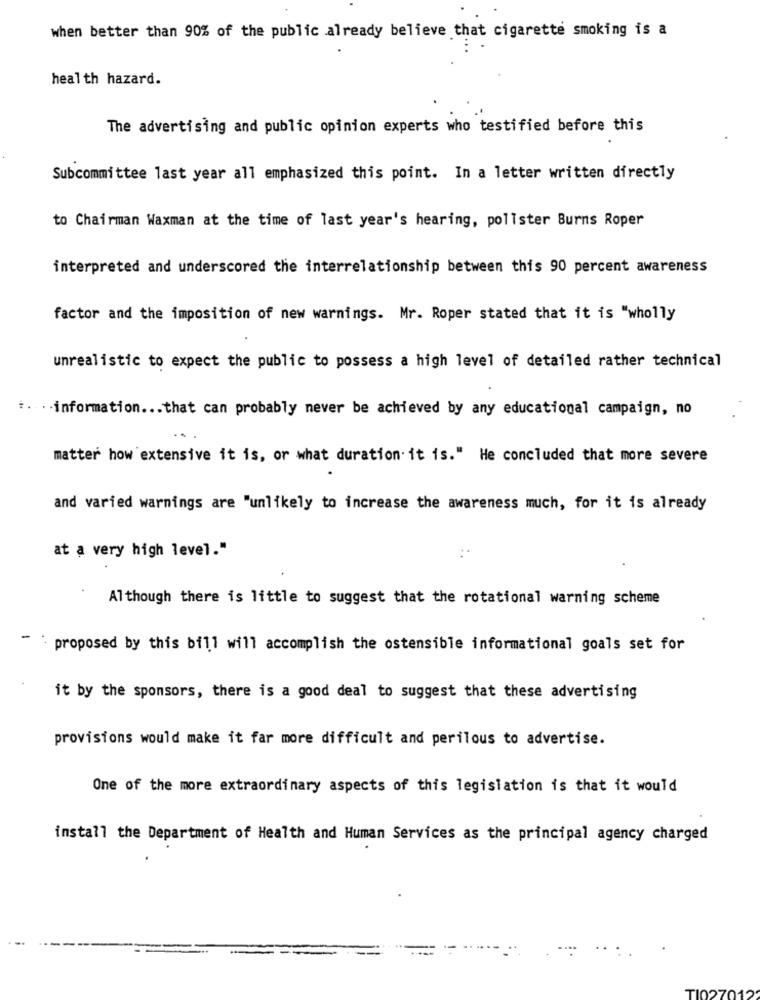
when better than 90% of the public already believe that cigarette smoking is a
health hazard.
The advertising and public opinion experts who testified before this
Subcommittee last year all emphasized this point. In a letter written directly
to Chairman Waxman at the time of last year's hearing, pollster Burns Roper
interpreted and underscored the interrelationship between this 90 percent awareness
factor and the imposition of new warnings. Mr. Roper stated that it is "wholly
unrealistic to expect the public to possess a high level of detailed rather technical
+ .... information ... that can probably never be achieved by any educational campaign, no
matter how extensive it is, or what duration. it is." He concluded that more severe
and varied warnings are "unlikely to increase the awareness much, for it is already
at a very high level."
Although there is little to suggest that the rotational warning scheme
-
proposed by this bill will accomplish the ostensible informational goals set for
it by the sponsors, there is a good deal to suggest that these advertising
provisions would make it far more difficult and perilous to advertise.
One of the more extraordinary aspects of this legislation is that it would
install the Department of Health and Human Services as the principal agency charged
TIO